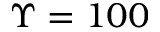
\Upsilon = 1 0 0